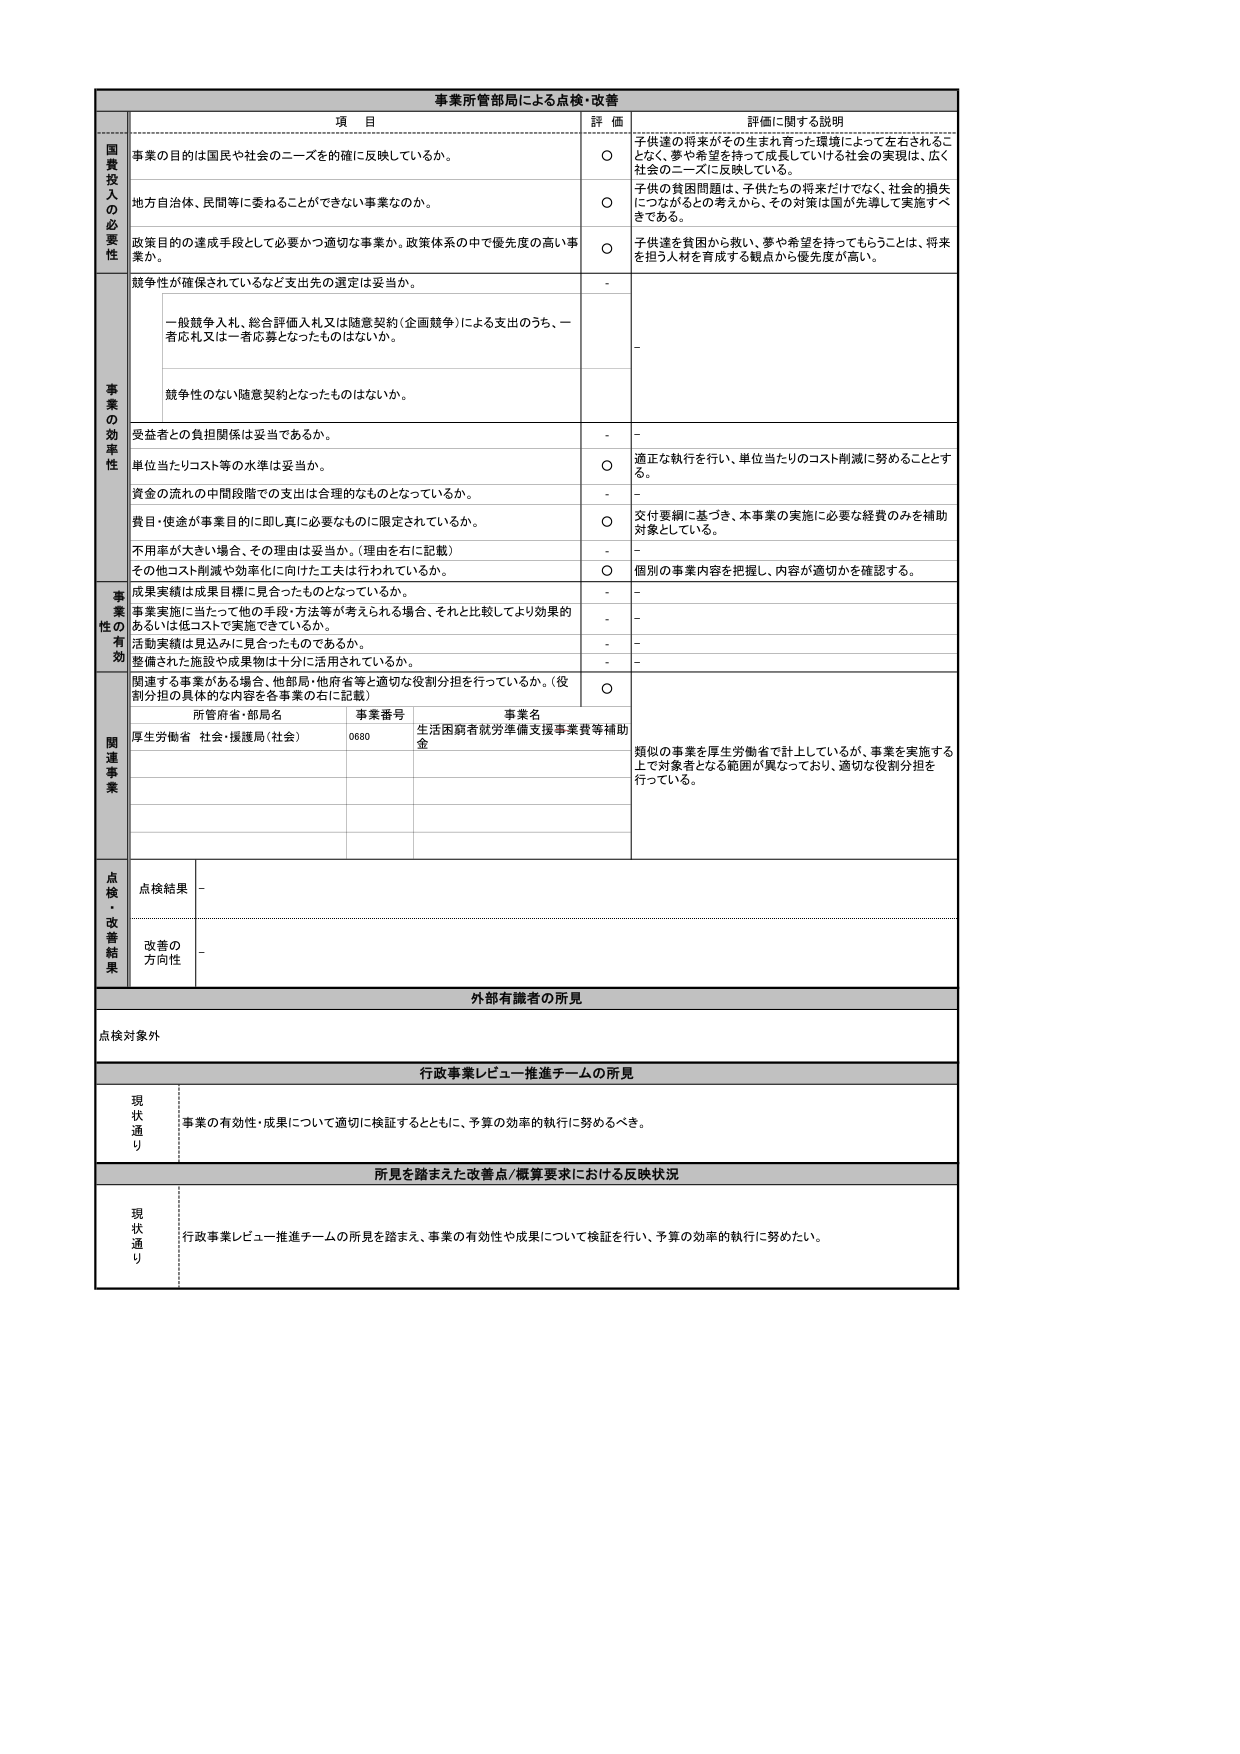
事業所管部局による点検・改善

項 目 評 価 評価に関する説明

国費投入の必要性
事業の目的は国民や社会のニーズを的確に反映しているか。
○ 子供達の将来がその生まれ育った環境によって左右されることなく、夢や希望を持って成長していける社会の実現は、広く社会のニーズに反映している。
地方自治体、民間等に委ねることができない事業なのか。
○ 子供の貧困問題は、子供たちの将来だけでなく、社会的損失につながるとの考えから、その対策は国が先導して実施すべきである。
政策目的の達成手段として必要かつ適切な事業か。政策体系の中で優先度の高い事業か。
○ 子供達を貧困から救い、夢や希望を持ってもらうことは、将来を担う人材を育成する観点から優先度が高い。
競争性が確保されているなど支出先の選定は妥当か。
-
一般競争入札、総合評価入札又は随意契約（企画競争）による支出のうち、一者応札又は一者応募となったものはないか。
-
競争性のない随意契約となったものはないか。
-

事業の効率性
受益者との負担関係は妥当であるか。
- -
単位当たりコスト等の水準は妥当か。
○ 適正な執行を行い、単位当たりのコスト削減に努めることとする。
資金の流れの中間段階での支出は合理的なものとなっているか。
- -
費目・使途が事業目的に即し真に必要なものに限定されているか。
○ 交付要綱に基づき、本事業の実施に必要な経費のみを補助対象としている。
不用率が大きい場合、その理由は妥当か。（理由を右に記載）
- -
その他コスト削減や効率化に向けた工夫は行われているか。
○ 個別の事業内容を把握し、内容が適切かを確認する。

事業性の有効性
成果実績は成果目標に見合ったものとなっているか。
- -
事業実施に当たって他の手段・方法等が考えられる場合、それと比較してより効果的あるいは低コストで実施できているか。
- -
活動実績は見込みに見合ったものであるか。
- -
整備された施設や成果物は十分に活用されているか。
- -

関連事業
関連する事業がある場合、他部局・他府省等と適切な役割分担を行っているか。（役割分担の具体的な内容を各事業の右に記載）
○
所管府省・部局名 事業番号 事業名
厚生労働省 社会・援護局（社会） 0680 生活困窮者就労準備支援事業費等補助金
類似の事業を厚生労働省で計上しているが、事業を実施する上で対象者となる範囲が異なっており、適切な役割分担を行っている。

点検・改善結果
点検結果 -
改善の方向性 -

外部有識者の所見
点検対象外

行政事業レビュー推進チームの所見
現状通り 事業の有効性・成果について適切に検証するとともに、予算の効率的執行に努めるべき。

所見を踏まえた改善点/概算要求における反映状況
現状通り 行政事業レビュー推進チームの所見を踏まえ、事業の有効性や成果について検証を行い、予算の効率的執行に努めたい。